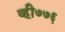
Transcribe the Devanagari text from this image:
व्ही७७६